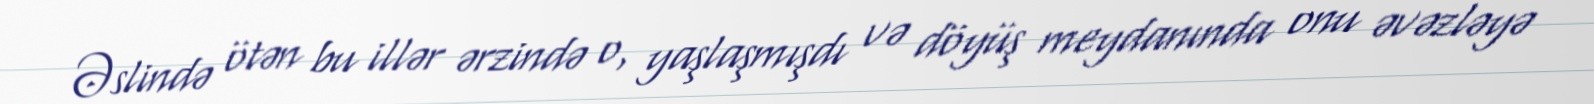
Əslində ötən bu illər ərzində o, yaşlaşmışdı və döyüş meydanında onu əvəzləyə